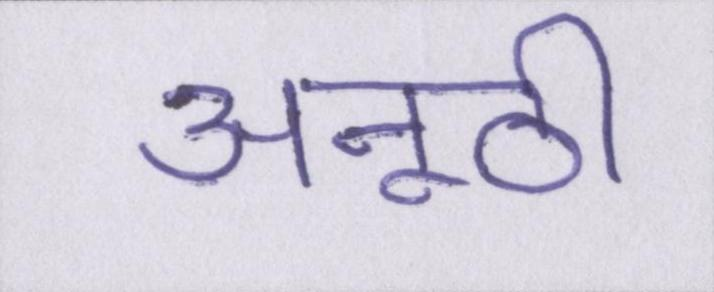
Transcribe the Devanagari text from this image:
अनूठी